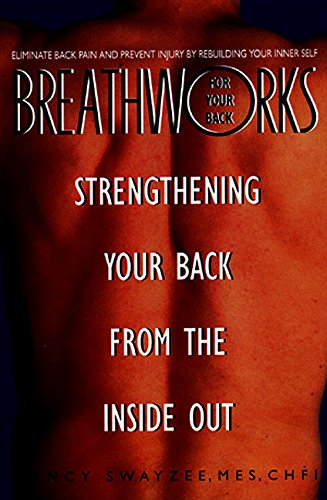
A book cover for Breathworks for Your Back; Nancy Swayzee; Health, Fitness & Dieting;